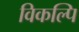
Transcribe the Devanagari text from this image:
विकल्पि